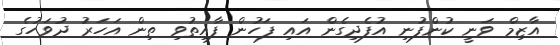
އާޒިމް ވަނީ ކުންފުނި އުފެދިގެން އައި ފަހުން ފާއިތުވި ތިން އަހަރު ދުވަހުގެ